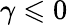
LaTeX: \gamma\leqslant 0